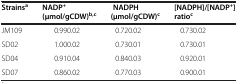
| Strainsa | NADP+(μmol/gCDW)b,c | NADPH (μmol/gCDW)c | [NADPH]/[NADP+] ratioc |
 | --- | --- | --- | --- |
 | JM109 | 0.99±0.02 | 0.72±0.02 | 0.73±0.02 |
 | SD02 | 1.00±0.02 | 0.73±0.01 | 0.73±0.01 |
 | SD04 | 0.91±0.04 | 0.84±0.03 | 0.92±0.01 |
 | SD07 | 0.86±0.02 | 0.77±0.03 | 0.90±0.01 |